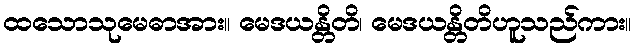
ထသောသုမေဓာအား။ မေဒယန္တိတိ၊ မေဒယန္တိတိဟူသည်ကား။